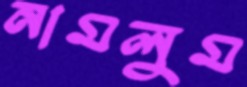
নামলুম